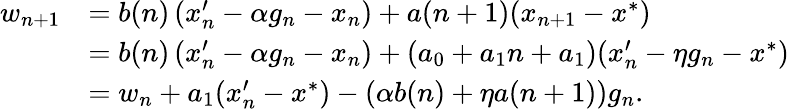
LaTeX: \begin{array}{rl}{w_{n+1}}&{=b(n)\left(x_{n}^{\prime}-\alpha g_{n}-x_{n}\right)+a(n+1)(x_{n+1}-x^{*})}\\ &{=b(n)\left(x_{n}^{\prime}-\alpha g_{n}-x_{n}\right)+(a_{0}+a_{1}n+a_{1})(x_{n}^{\prime}-\eta g_{n}-x^{*})}\\ &{=w_{n}+a_{1}(x_{n}^{\prime}-x^{*})-(\alpha b(n)+\eta a(n+1))g_{n}.}\end{array}